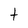
Character: t